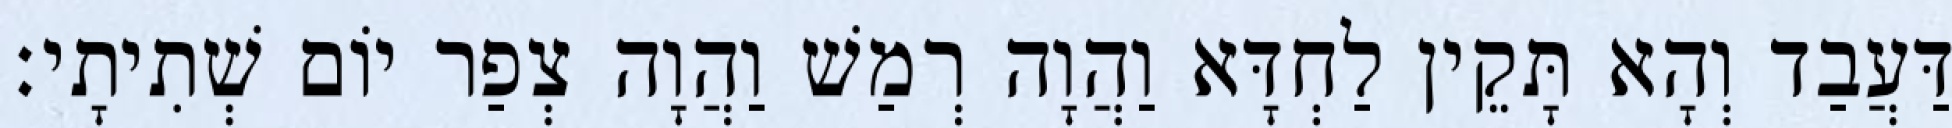
דַּעֲבַד וְהָא תָּקֵין לַחְדָּא וַהֲוָה רְמַשׁ וַהֲוָה צְפַר יוֹם שְׁתִיתָי׃